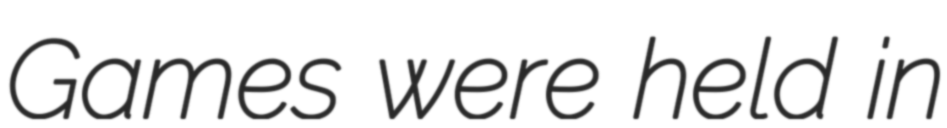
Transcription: Games were held in